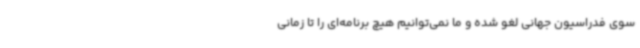
سوی فدراسیون جهانی لغو شده و ما نمی‌توانیم هیچ برنامه‌ای را تا زمانی